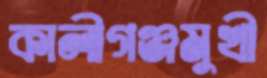
কালীগঞ্জমুখী